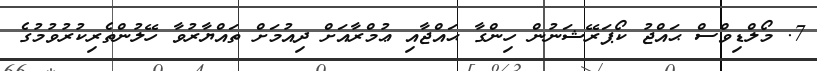
7. މޯލްޑިވްސް ޙައްޖު ކޯޕަރޭޝަނުން ހިންގާ ޙައްޖާއި ޢުމްރާއަށް ދިއުމަށް ތައްޔާރުވާ ހޭލުންތެރިކުރުވުމުގެ